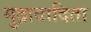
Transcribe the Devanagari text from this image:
मुद्रावादिता